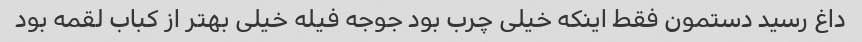
داغ رسید دستمون فقط اینکه خیلی چرب بود جوجه فیله خیلی بهتر از کباب لقمه بود